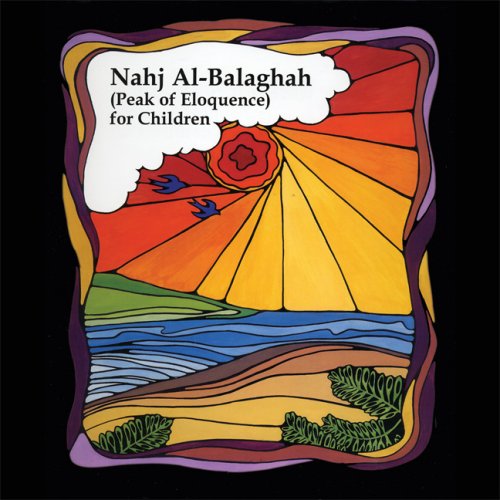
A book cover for Nahj Al-Balaghah (Peak of Eloquence) for Children; Ali ibn Abu-Talib; Children's Books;